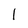
Character: 1